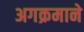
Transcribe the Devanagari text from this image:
अगक्रमाने